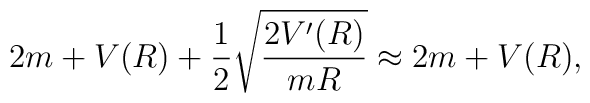
2m+V(R)+{1\over2}\sqrt{2V^{\prime}(R)\over mR}\approx2m+V(R),